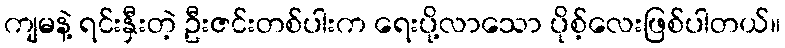
ကျမနဲ့ ရင်းနှီးတဲ့ ဦးဇင်းတစ်ပါးက ရေးပို့လာသော ပိုစ့်လေးဖြစ်ပါတယ်။